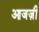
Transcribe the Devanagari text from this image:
आजज़ी